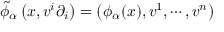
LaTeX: { \widetilde { \phi } } _ { \alpha } \left( x , v ^ { i } \partial _ { i } \right) = \left( \phi _ { \alpha } ( x ) , v ^ { 1 } , \cdots , v ^ { n } \right)